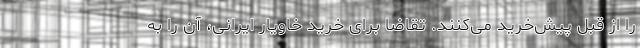
را از قبل پیش‌خرید می‌کنند. تقاضا برای خرید خاویار ایرانی، آن را به